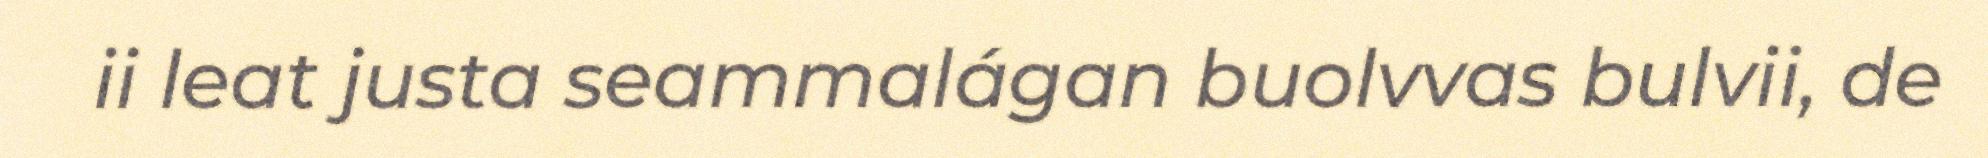
ii leat justa seammalágan buolvvas bulvii, de